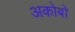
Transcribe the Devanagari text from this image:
अकोबो